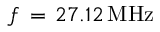
f \, = \, 2 7 . 1 2 \, \mathrm { { M H z } }